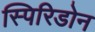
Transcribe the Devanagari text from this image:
स्पिरिडोन